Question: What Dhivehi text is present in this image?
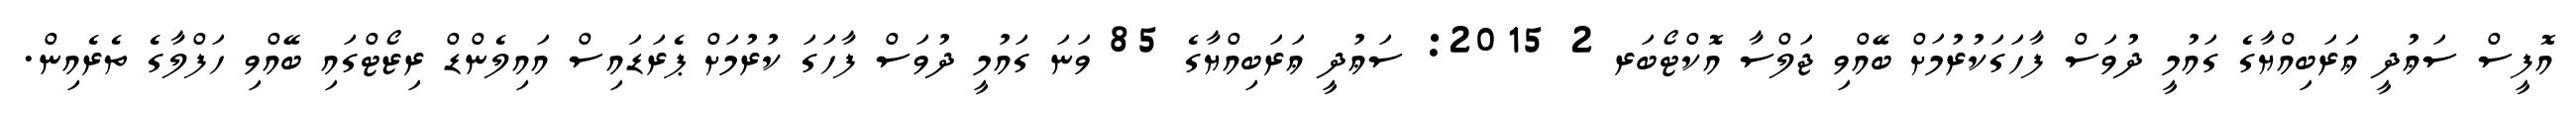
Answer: އޮފީސް ސަޢުދީ ޢަރަބިއްޔާގެ ގައުމީ ދުވަސް ފާހަގަކުރުމަށް ބޭއްވި ޖަލްސާ އޮކްޓޯބަރ 2 2015: ސަޢުދީ ޢަރަބިއްޔާގެ 85 ވަނަ ގައުމީ ދުވަސް ފާހަގަ ކުރުމަށް ޕެރަޑައިސް އައިލެންޑް ރިޒޯޓްގައި ބޭއްވި ހަފްލާގެ ތެރެއިން.